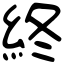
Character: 終